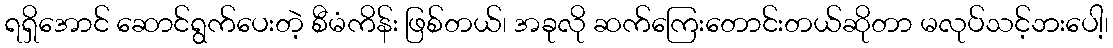
ရရှိအောင် ဆောင်ရွက်ပေးတဲ့ စီမံကိန်း ဖြစ်တယ်၊ အခုလို ဆက်ကြေးတောင်းတယ်ဆိုတာ မလုပ်သင့်ဘးပေါ့၊